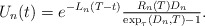
\begin{align*} U_{n}(t) = e^{-L_{n}(T - t)} \tfrac{R_{n}(T) D_{n}}{\exp_{\tau}(D_{n}, T) - 1}. \end{align*}